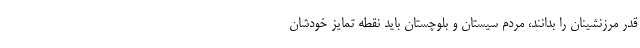
قدر مرزنشینان را بدانند، مردم سیستان و بلوچستان باید نقطه تمایز خودشان